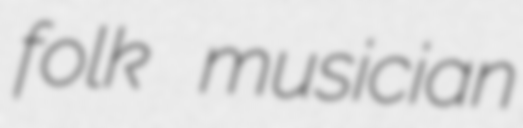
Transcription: folk musician